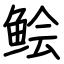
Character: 鲙